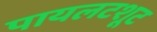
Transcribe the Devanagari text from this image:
पायलटशूट